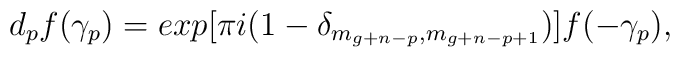
d_p f (\gamma _p)= exp [ \pi i (1- \delta_{m_{g+n-p},m_{g+n-p+1}})]f(-\gamma _p),